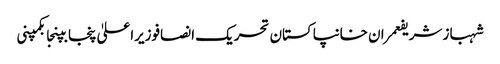
شہباز شریفعمران خانپاکستان تحریک انصافوزیراعلیٰ پنجابپنجابکمپنی